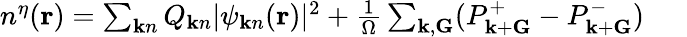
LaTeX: \begin{array}{r}{n^{\eta}({\mathbf r})=\sum_{{\mathbf k}n}Q_{{\mathbf k}n}|\psi_{{\mathbf k}n}({\mathbf r})|^{2}+\frac{1}{\Omega}\sum_{{\mathbf k},{\mathbf G}}(P_{{\mathbf k}+{\mathbf G}}^{+}-P_{{\mathbf k}+{\mathbf G}}^{-})~~~~~~}\end{array}